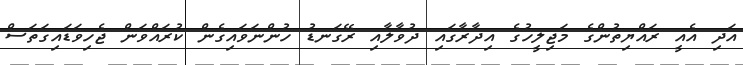
އަދި އެއީ ރައްޔިތުންގެ މަޖިލީހުގެ އިދާރާގައި ދުވާލާއި ރޭގަނޑު ހުންނަވައިގެން ކުރައްވަން ޖެހިވަޑައިގަތަސް